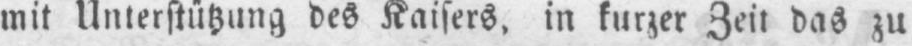
mit Unterstützung des Kaisers, in kurzer Zeit das zu